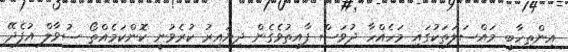
އިންތިހާބީ މައްސަލަތަކުގައި މަހެއްހާ ދުވަސް ފާއިތުވެގެން ދިޔައިރު ކުރެވުނީ ކޮންކަމެއްތޯ ސުވާލް އުފެދޭ